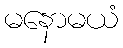
မနောမယံ